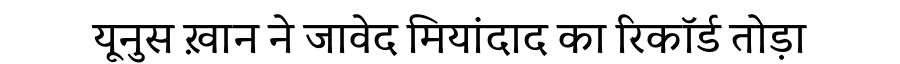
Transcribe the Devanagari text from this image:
यूनुस ख़ान ने जावेद मियांदाद का रिकॉर्ड तोड़ा